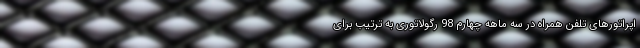
اپراتورهای تلفن همراه در سه ماهه چهارم 98 رگولاتوری به ترتیب برای